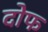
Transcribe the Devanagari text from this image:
दोफ